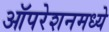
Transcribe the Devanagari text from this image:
ऑपरेशनमध्ये